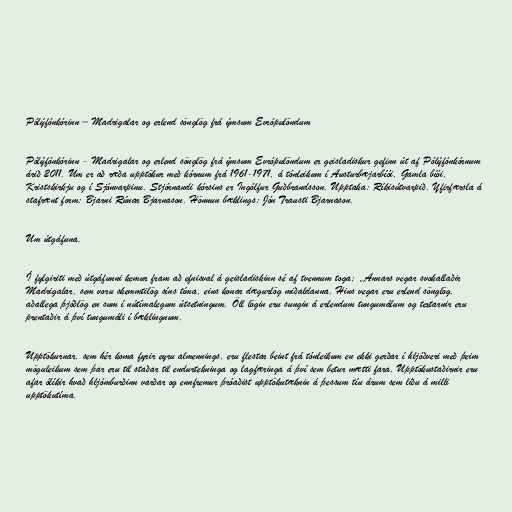
Pólýfónkórinn – Madrigalar og erlend sönglög frá ýmsum Evrópulöndum

Pólýfónkórinn - Madrigalar og erlend sönglög frá ýmsum Evrópulöndum er geisladiskur gefinn út af Pólýfónkórnum
árið 2011. Um er að ræða upptökur með kórnum frá 1961-1971, á tónleikum í Austurbæjarbíói, Gamla bíói,
Kristskirkju og í Sjónvarpinu. Stjórnandi kórsins er Ingólfur Guðbrandsson. Upptaka: Ríkisútvarpið. Yfirfærsla á
stafrænt form: Bjarni Rúnar Bjarnason. Hönnun bæklings: Jón Trausti Bjarnason.

Um útgáfuna.

Í fylgiriti með útgáfunni kemur fram að efnisval á geisladiskinn sé af tvennum toga; „Annars vegar svokallaðir
Madrigalar, sem voru skemmtilög síns tíma, eins konar dægurlög miðaldanna. Hins vegar eru erlend sönglög,
aðallega þjóðlög en sum í nútímalegum útsetningum. Öll lögin eru sungin á erlendum tungumálum og textarnir eru
prentaðir á því tungumáli í bæklingnum.

Upptökurnar, sem hér koma fyrir eyru almennings, eru flestar beint frá tónleikum en ekki gerðar í hljóðveri með þeim
möguleikum sem þar eru til staðar til endurtekninga og lagfæringa á því sem betur mætti fara. Upptökustaðirnir eru
afar ólíkir hvað hljómburðinn varðar og ennfremur þróaðist upptökutæknin á þessum tíu árum sem liðu á milli
upptökutíma.